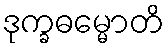
ဒုက္ခဓမ္မောတိ